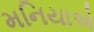
મનિયાએ